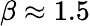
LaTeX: \beta\approx 1.5